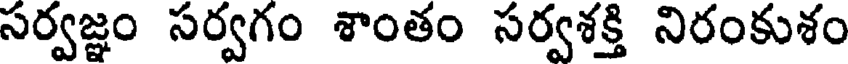
సర్వజ్ఞం సర్వగం శాంతం సర్వశక్తి నిరంకుశం